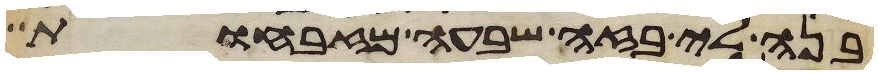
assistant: בנה לי בזה שבעה מזבחות